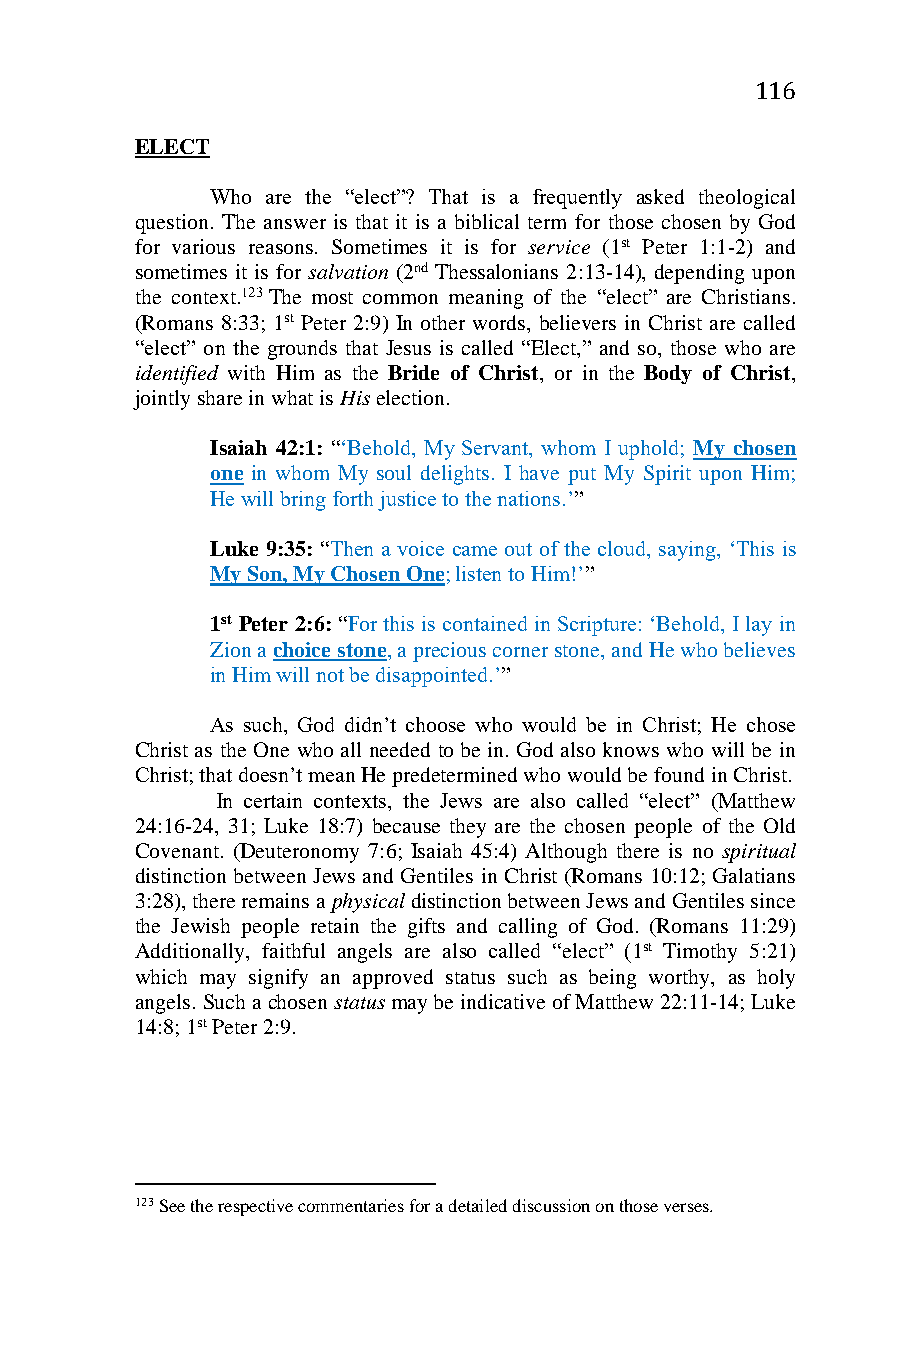
116
 ELECT
 Who are the “elect”? That is a frequently asked theological
 question. The answer is that it is a biblical term for those chosen by God
 for various reasons. Sometimes it is for service (1st Peter 1:1-2) and
 sometimes it is for salvation (2nd Thessalonians 2:13-14), depending upon
 the context.123 The most common meaning of the “elect” are Christians.
 (Romans 8:33; 1st Peter 2:9) In other words, believers in Christ are called
 “elect” on the grounds that Jesus is called “Elect,” and so, those who are
 identified with Him as the Bride of Christ, or in the Body of Christ,
 jointly share in what is His election.
 Isaiah 42:1: “‘Behold, My Servant, whom I uphold; My chosen
 one in whom My soul delights. I have put My Spirit upon Him;
 He will bring forth justice to the nations.’”
 Luke 9:35: “Then a voice came out of the cloud, saying, ‘This is
 My Son, My Chosen One; listen to Him!’”
 1st Peter 2:6: “For this is contained in Scripture: ‘Behold, I lay in
 Zion a choice stone, a precious corner stone, and He who believes
 in Him will not be disappointed.’”
 As such, God didn’t choose who would be in Christ; He chose
 Christ as the One who all needed to be in. God also knows who will be in
 Christ; that doesn’t mean He predetermined who would be found in Christ.
 In certain contexts, the Jews are also called “elect” (Matthew
 24:16-24, 31; Luke 18:7) because they are the chosen people of the Old
 Covenant. (Deuteronomy 7:6; Isaiah 45:4) Although there is no spiritual
 distinction between Jews and Gentiles in Christ (Romans 10:12; Galatians
 3:28), there remains a physical distinction between Jews and Gentiles since
 the Jewish people retain the gifts and calling of God. (Romans 11:29)
 Additionally, faithful angels are also called “elect” (1st Timothy 5:21)
 which may signify an approved status such as being worthy, as holy
 angels. Such a chosen status may be indicative of Matthew 22:11-14; Luke
 14:8; 1st Peter 2:9.
 123 See the respective commentaries for a detailed discussion on those verses.